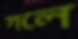
গলে